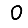
Digit: 0